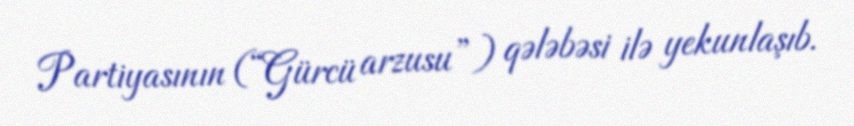
Partiyasının (“Gürcü arzusu”) qələbəsi ilə yekunlaşıb.